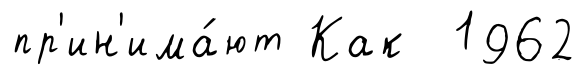
пр'ин'има́ют Как 1962